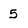
Character: 5